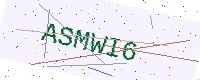
Text: ASMWI6